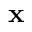
\textbf { x }